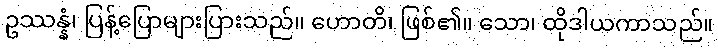
ဥဿန္နံ၊ ပြန့်ပြောများပြားသည်။ ဟောတိ၊ ဖြစ်၏။ သော၊ ထိုဒါယကာသည်။